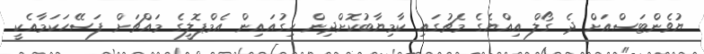
ޔުވެންޓަސްއަށް ދެ ގޯލް އިއްޔެގެ މެޗުގައި ކާމިޔާބުކޮށްދިން ހިގުއައިން އެމްޕޮލީގެ މައްޗަށް ފަސޭހަކަމާއެކީ